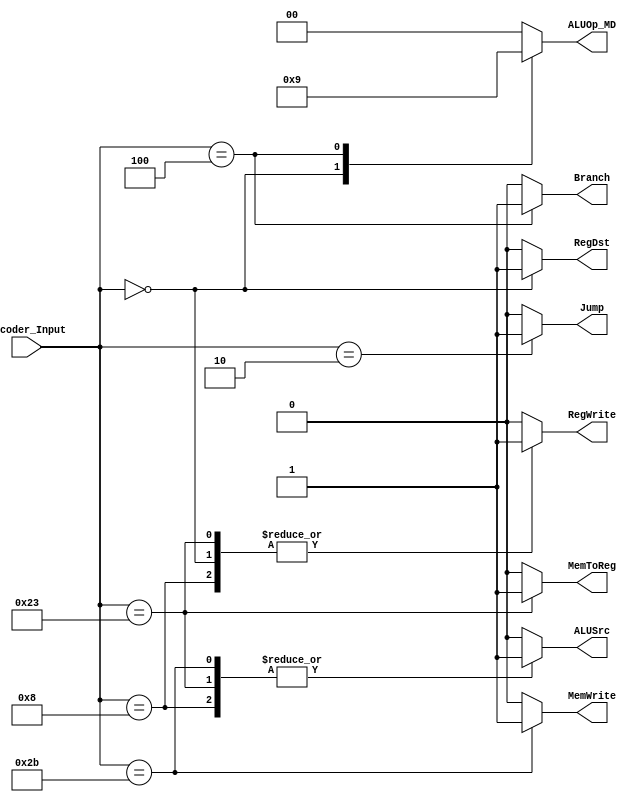
module MainDecoder  (
    input  wire   [5:0]  Decoder_Input,
    output reg           MemToReg,
    output reg           MemWrite,
    output reg           Branch,
    output reg           ALUSrc,
    output reg           RegDst,
    output reg           RegWrite,
    output reg           Jump,
    output reg   [1:0]   ALUOp_MD
);

always @(*) begin
    case(Decoder_Input)

        //R-Type
        'b000000 : begin
           RegWrite = 'b1;
           RegDst   = 'b1;
           ALUOp_MD = 'b10;
           Jump     = 'b0;
           MemToReg = 'b0;
           MemWrite = 'b0;
           Branch   = 'b0;
           ALUSrc   = 'b0;
        end

        //Load word
        'b100011 : begin
            RegWrite = 'b1;
            ALUSrc   = 'b1;
            MemToReg = 'b1;
            MemWrite = 'b0;
            Branch   = 'b0;
            RegDst   = 'b0;
            Jump     = 'b0;
            ALUOp_MD = 'b00;
        end

        //Store word
        'b101011 : begin
            ALUSrc   = 'b1;
            MemWrite = 'b1;
            Branch   = 'b0;
            RegDst   = 'b0;
            Jump     = 'b0;
            ALUOp_MD = 'b00;
            RegWrite = 'b0;
            MemToReg = 'b0;
        end

        //Branch if equal
        'b000100 : begin
            Branch   = 'b1;
            ALUOp_MD = 'b01;
            RegDst   = 'b0;
            Jump     = 'b0;
            RegWrite = 'b0;
            MemToReg = 'b0;
            ALUSrc   = 'b0;
            MemWrite = 'b0;
        end

        //Add immediate 
        'b001000 : begin
            RegWrite = 'b1;
            ALUSrc   = 'b1;
            Branch   = 'b0;
            ALUOp_MD = 'b00;
            RegDst   = 'b0;
            Jump     = 'b0;
            MemToReg = 'b0;
            MemWrite = 'b0;
        end

        //Jump
        'b000010 : begin
            Jump = 'b1;
            RegWrite = 'b0;
            ALUSrc   = 'b0;
            Branch   = 'b0;
            ALUOp_MD = 'b00;
            RegDst   = 'b0;
            MemToReg = 'b0;
            MemWrite = 'b0;
        end

        //Default
        default : begin
           MemToReg = 'b0;
           MemWrite = 'b0;
           Branch   = 'b0;
           ALUSrc   = 'b0;
          RegDst   =  'b0;
          RegWrite =  'b0;
          Jump     =  'b0;
          ALUOp_MD =  'b00; 
        end
    endcase
end
    
endmodule